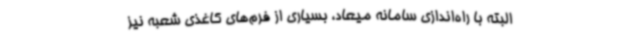
البته با راه‌اندازی سامانه میعاد، بسیاری از فرم‌های کاغذی شعبه نیز